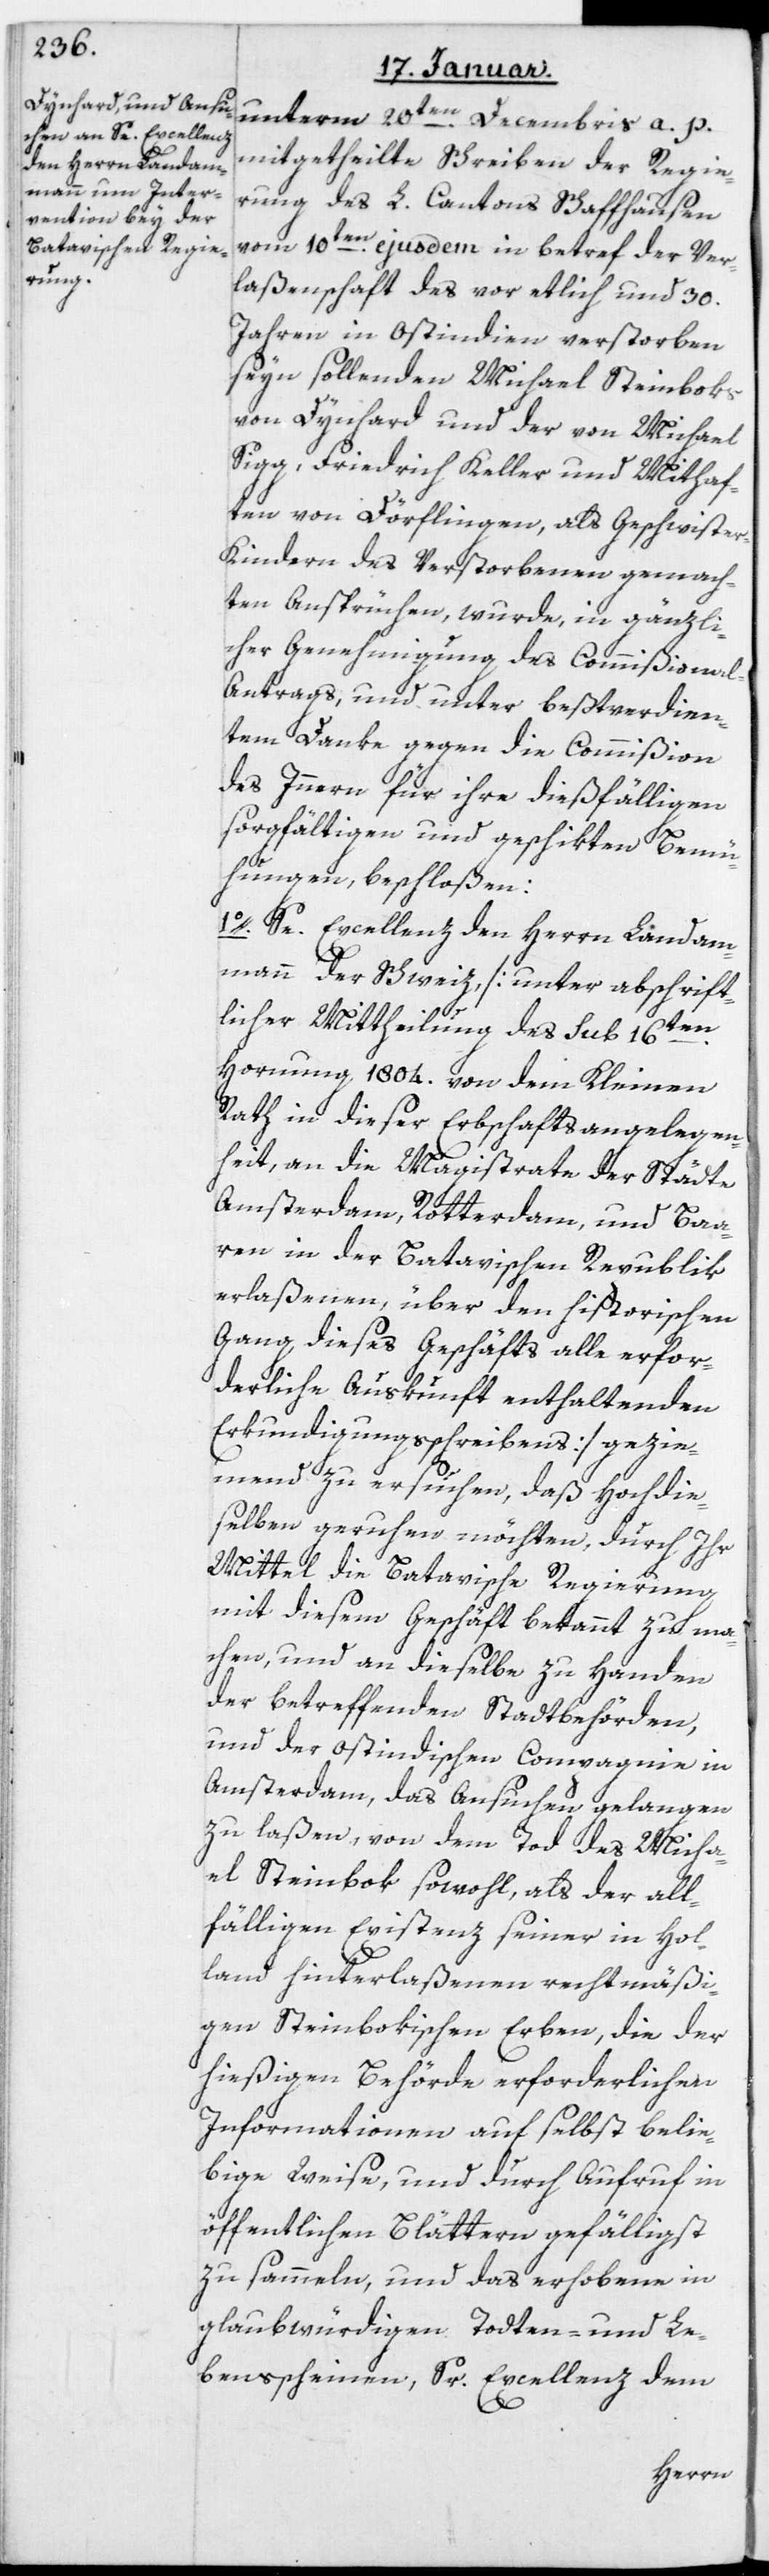
unterm 20ten Decembris a. p.
mitgetheilte Schreiben der Regie¬
rung des L. Cantons Schaffhausen
vom 10ten ejusdem in Betref der Ver¬
laßenschaft des vor etlich und 30
Jahren in Ostindien verstorben
seyn sollenden Michael Steinboks
von Dinhard und der von Michael
Sigg, Friedrich Keller und Mithaf¬
ten von Dörflingen, als Geschwiste¬
r-Kindern des Verstorbenen gemach¬
ten Ansprüchen, wurde, in gänzli¬
cher Genehmigung des Commißional-A¬
ntrags, und unter bestverdien¬
tem Danke gegen die Commißion
des Innern für ihre dießfälligen
sorgfältigen und geschikten Bemü¬
hungen, beschloßen:
1. Sr Excellenz den Herrn Landam¬
mann der Schweiz (unter abschrift¬
licher Mittheilung des Sub 16ten
Hornung 1804 von dem Kleinen
Rath in dieser Erbschafts- Angelegen¬
heit an die Magistrathe der Städte
Amsterdam, Rotterdam und Baa¬
ren in der Batavischen Republik
erlaßenen, über den historischen
Gang, dieses Geschäfts alle erfor¬
derliche Auskunft enthaltenden
Erkundigungsschreibens) gezie¬
mend zu ersuchen, daß Hochdie¬
selben geruhen möchten, durch Ihr
Mittel die Batavische Regierung
mit diesem Geschäft bekannt zu ma¬
chen, und an dieselbe zu Handen
der betreffenden Stadtbehörden,
und der Ostindischen Compagnie in
Amsterdam, das Ansuchen gelangen
zu laßen, von dem Tod des Micha¬
el Steinbok sowohl, als der all¬
fälligen Existenz seiner in Hol¬
land hinterlaßenen rechtmäßi¬
gen steinbokischen Erben, die der
hießigen Behörde erforderlichen
Informationen auf selbst belie¬
bige Weise, und durch Aufruf in
öffentlichen Blättern gefälligst
zu sammeln, und das erhobene in
glaubwürdigen Todten- und Le¬
bensscheinen, Sr Excellenz dem